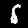
Label: 5